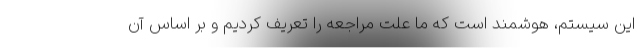
این سیستم، هوشمند است که ما علت مراجعه را تعریف کردیم و بر اساس آن